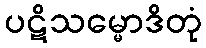
ပဋိသမ္မောဒိတုံ